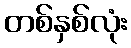
တစ်နှစ်လုံး